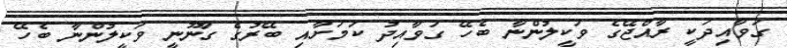
ގަވާއިދަކީ ރާއްޖޭގެ ވަކީލުންނާ ބެހޭ ގަވާއިދު ކަމަށާއި ބޭރުގެ ގާނޫނީ ވަކީލުންނާ ބެހޭ